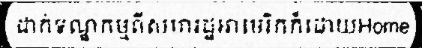
ដាក់ទណ្ឌកម្មពីសហរដ្ឋអាមេរិកក៏ដោយHome